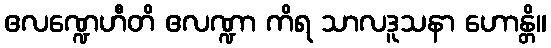
ဧလဏ္ဍေဟီတိ ဧလဏ္ဍာ ကိရ သာလဒူသနာ ဟောန္တိ။